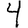
Digit: 4